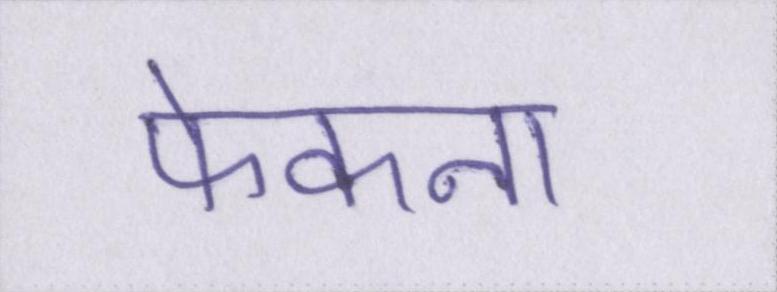
फेकना